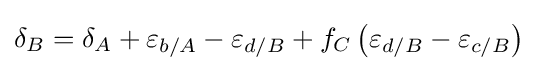
\delta _{B}=\delta _{A}+\varepsilon _{b/A}-\varepsilon _{d/B}+f_{C}\left(\varepsilon _{d/B}-\varepsilon _{c/B}\right)